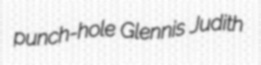
punch-hole Glennis Judith